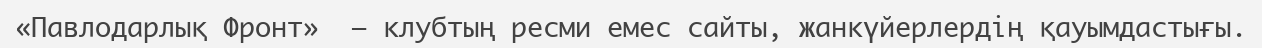
«Павлодарлық Фронт»  — клубтың ресми емес сайты, жанкүйерлердің қауымдастығы.